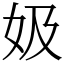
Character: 㚫